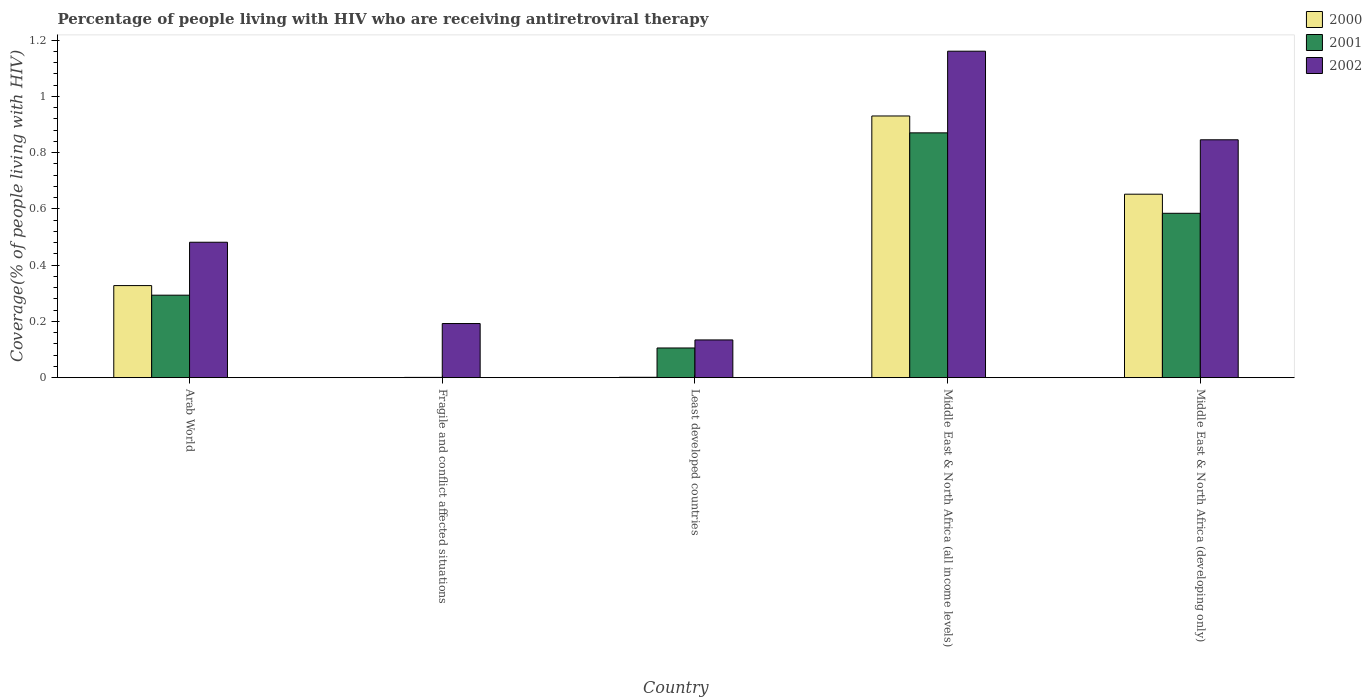
| Country | 2000 | 2001 | 2002 |
 | --- | --- | --- | --- |
 | Arab World | 0.327 | 0.293 | 0.481 |
 | Fragile and conflict affected situations | 0.000482 | 0.000945 | 0.192 |
 | Least developed countries | 0.00133 | 0.106 | 0.134 |
 | Middle East & North Africa (all income levels) | 0.93 | 0.87 | 1.16 |
 | Middle East & North Africa (developing only) | 0.652 | 0.584 | 0.846 |